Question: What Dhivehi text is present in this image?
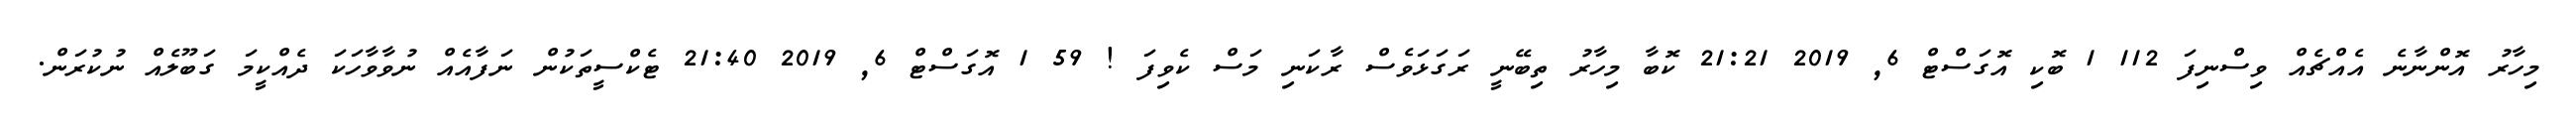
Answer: މިހާރު އޮންނާނެ އެއްޗެއް ވިސްނިފަ 112 1 ބޮކި އޮގަސްޓް 6, 2019 21:21 ކޮބާ މިހާރު ތިބޭނީ ރަގަޅަވެސް ރާކަނި މަސް ކެވިފަ ! 59 1 އޮގަސްޓް 6, 2019 21:40 ޓެކްސީތަކުން ނަފާއެއް ނުވާވާހަކަ ދެއްކީމަ ގަބޫލެއް ނުކުރަން.